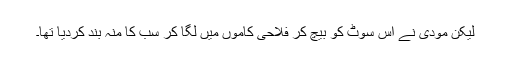
لیکن مودی نے اس سوٹ کو بیچ کر فلاحی کاموں میں لگا کر سب کا منہ بند کردیا تھا۔